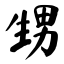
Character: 甥